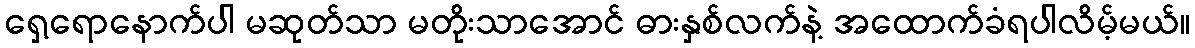
ရှေ့ရောနောက်ပါ မဆုတ်သာ မတိုးသာအောင် ဓားနှစ်လက်နဲ့ အထောက်ခံရပါလိမ့်မယ်။